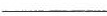
___